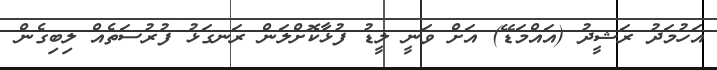
އަހުމަދު ރަޝީދު (އައްމަޑޭ) އަށް ވަނީ ލީޑު ފުޅާކޮށްލަން ރަނގަޅު ފުރުސަތެއް ލިބިގެން